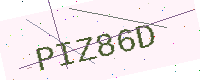
Text: PIZ86D